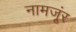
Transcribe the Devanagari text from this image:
नामजूंर